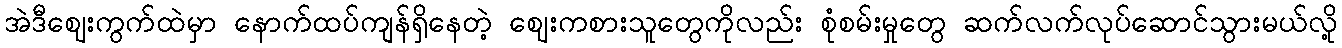
အဲဒီဈေးကွက်ထဲမှာ နောက်ထပ်ကျန်ရှိနေတဲ့ ဈေးကစားသူတွေကိုလည်း စုံစမ်းမှုတွေ ဆက်လက်လုပ်ဆောင်သွားမယ်လို့